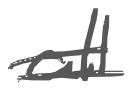
Text: all
Cross-out: double-line
Writing tool: digital_gray